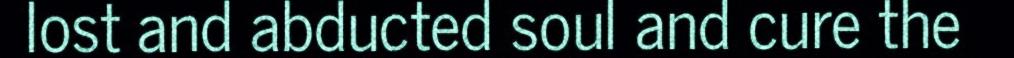
lost and abducted soul and cure the